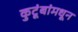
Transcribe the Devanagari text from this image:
कुटूंबांमधून